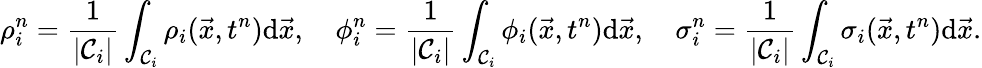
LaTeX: \rho_{i}^{n}=\frac{1}{|\mathcal{C}_{i}|}\int_{\mathcal{C}_{i}}\rho_{i}(\vec{x},t^{n})\mathrm{d}\vec{x},\quad\phi_{i}^{n}=\frac{1}{|\mathcal{C}_{i}|}\int_{\mathcal{C}_{i}}\phi_{i}(\vec{x},t^{n})\mathrm{d}\vec{x},\quad\sigma_{i}^{n}=\frac{1}{|\mathcal{C}_{i}|}\int_{\mathcal{C}_{i}}\sigma_{i}(\vec{x},t^{n})\mathrm{d}\vec{x}.